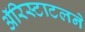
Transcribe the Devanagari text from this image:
ॲरिस्टाटलने